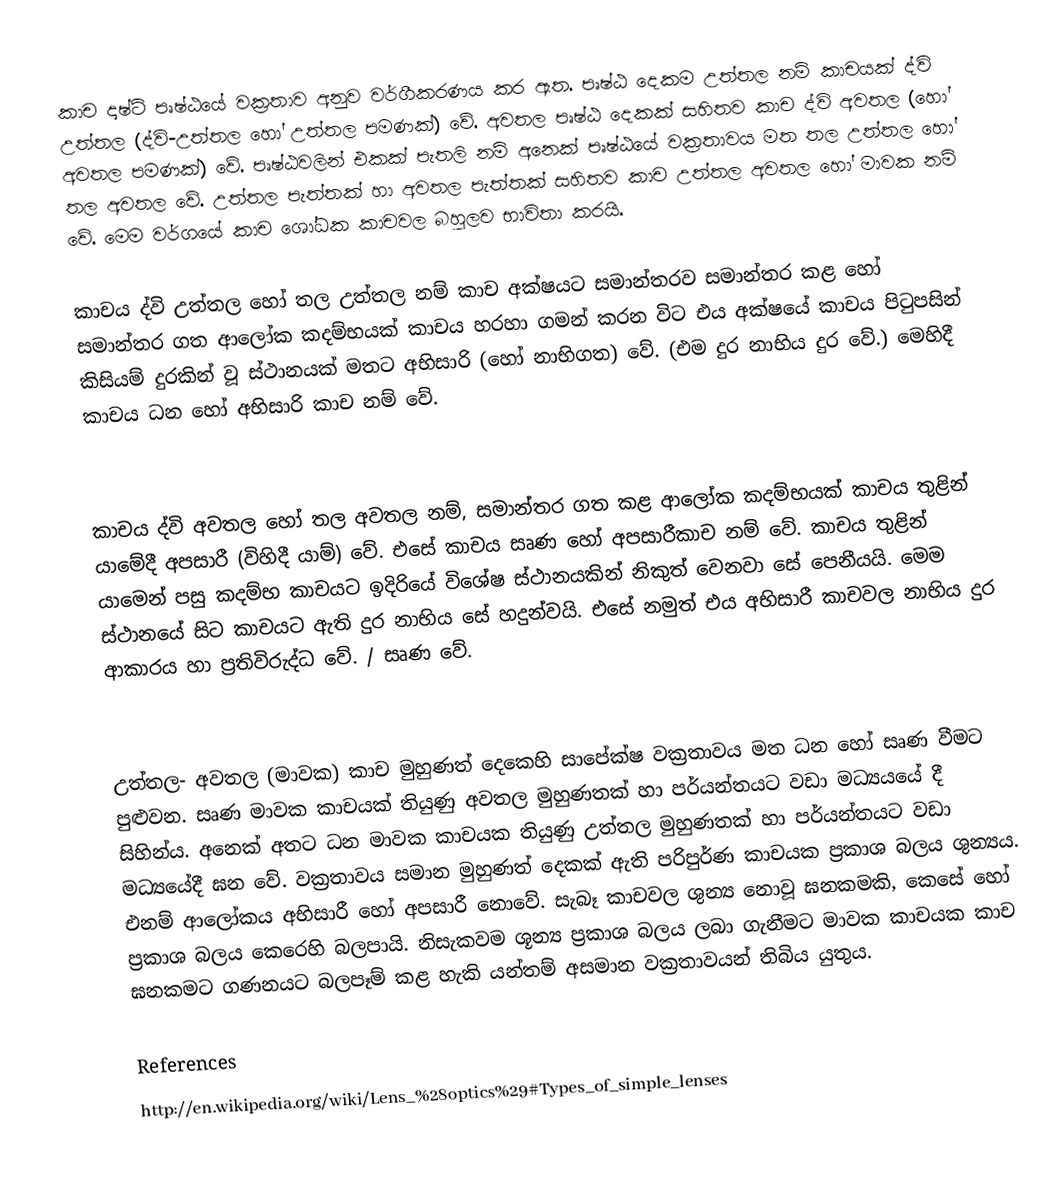
කාච දෘෂ්ටි පෘෂ්ඨයේ වක්‍රතාව අනුව වර්ගීකරණය කර ඇත. පෘෂ්ඨ දෙකම උත්තල නම් කාචයක් ද්වි උත්තල (ද්වි-උත්තල හෝ උත්තල පමණක්) වේ.  අවතල පෘෂ්ඨ දෙකක් සහිතව කාච ද්වි අවතල (හෝ අවතල පමණක්) වේ. පෘෂ්ඨවලින් එකක් පැතලි නම් අනෙක් පෘෂ්ඨයේ වක්‍රතාවය මත තල උත්තල හෝ තල අවතල වේ. උත්තල පැත්තක් හා අවතල පැත්තක් සහිතව කාච උත්තල අවතල හෝ මාවක නම් වේ. මෙම වර්ග‍යේ කාච ශෝධක කාචවල බහුලව භාවිතා කරයි.

කාචය ද්වි උත්තල හෝ තල උත්තල නම් කාච අක්ෂයට සමාන්තරව සමාන්තර කළ හෝ සමාන්තර ගත ආලෝක කදම්භයක් කාචය හරහා ගමන් කරන විට එය අක්ෂයේ කාචය පිටුපසින් කිසියම් දුරකින් වූ ස්ථානයක් මතට අභිසාරි (හෝ නාභිගත) වේ. (එම දුර නාභිය දුර වේ.) මෙහිදී කාචය ධන හෝ අභිසාරි කාච නම් වේ.

කාචය ද්වි අවතල හෝ තල අවතල නම්, සමාන්තර ගත කළ ආලෝක කදම්භයක් කාචය තුළින් යාමේදී අපසාරී (විහිදී යාම්) වේ.  එසේ කාචය සෘණ හෝ අපසාරීකාච නම් වේ. කාචය තුළින් යාමෙන් පසු කදම්භ කාචයට ඉදිරියේ විශේෂ ස්ථානයකින් නිකුත් වෙනවා සේ පෙනීයයි. මෙම ස්ථානයේ සිට කාචයට ඇති දුර නාභිය සේ හදුන්වයි. එසේ නමුත් එය අභිසාරී කාචවල නාභිය දුර ආකාරය හා ප්‍රතිවිරුද්ධ‍ වේ. / සෘණ වේ.

උත්තල- අවතල (මාවක) කාච මුහුණත් දෙකෙහි සාපේක්ෂ වක්‍රතාවය මත ධන හෝ සෘණ වීමට පුළුවන. සෘණ මාවක කාචයක් තියුණු අවතල මුහුණතක් හා පර්යන්තයට වඩා මධ්‍යයයේ දී සිහින්ය. අනෙක් අතට ධන මාවක කාචයක තියුණු උත්තල මුහුණතක්  හා පර්යන්තයට වඩා මධ්‍යයේදී ඝන වේ. වක්‍රතාවය සමාන මුහුණත් දෙකක් ඇති පරිපුර්ණ කාචයක ප්‍රකාශ බලය ශුන්‍යය. එනම් ආලෝකය අභිසාරී හෝ අපසාරී නොවේ. සැබෑ කාචවල ශුන්‍ය නොවූ ඝනකමකි, කෙසේ හෝ ප්‍රකාශ බලය කෙරෙහි බලපායි. නිසැකවම ශූන්‍ය ප්‍රකාශ බලය ලබා ගැනීමට මාවක කාචයක කාච ඝනකමට ගණනයට බලපෑම් කළ හැකි යන්තම් අසමාන වක්‍රතාවයන් තිබිය යුතුය.

References
http://en.wikipedia.org/wiki/Lens_%28optics%29#Types_of_simple_lenses